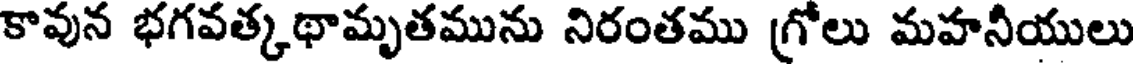
కావున భగవత్కథామృతమును నిరంతము గ్రోలు మహనీయులు